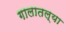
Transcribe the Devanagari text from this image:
गालातल्या